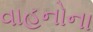
વાહનોના